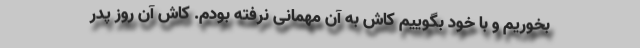
بخوریم و با خود بگوییم کاش به آن مهمانی نرفته بودم. کاش آن روز پدر